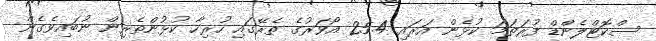
ސްކޮޓްލެންޑް ފުރަތަމަ ކުޅެން އަރައި 25.4 އޯވަރުގެ ތެރޭގައި ހުރިހާ ކުުޅުންތެރިން ނުބައިވެގެން